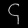
Digit: ၄